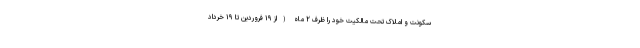
سکونت و املاک تحت مالکیت خود را ظرف ۲ ماه (از ۱۹ فروردین تا ۱۹ خرداد